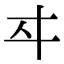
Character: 𬽤